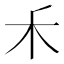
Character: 𥝌